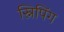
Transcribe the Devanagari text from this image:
स्निपिंग